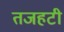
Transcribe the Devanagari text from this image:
तजहटी